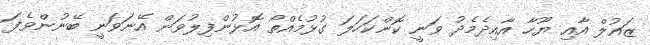
ޒައުލް އާއި ޔޫހާ އާއިދެމެދު ވަނީ ކޮންކަހަލަ ގުޅުމެއްތޯ އޮޅުންފިލުވަން އޭނަވަނީ ބޭނުންވެފަ